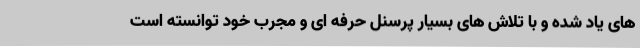
های یاد شده و با تلاش های بسیار پرسنل حرفه ای و مجرب خود توانسته است